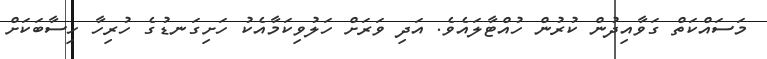
މަސައްކަތް ގަވާއިދުން ކުރުން ހުއްޓާލައެވެ. އަދި ވަރަށް ހަލުވިކަމާއެކު ހަށިގަނޑުގެ ހުރިހާ ހިސާބަކަށް